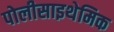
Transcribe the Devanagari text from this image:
पोलीसाइथेमिक